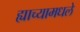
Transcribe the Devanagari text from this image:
ह्याच्यामधले